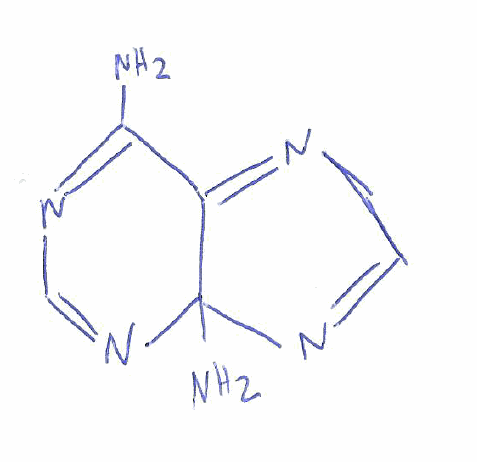
Simplified molecular-input line-entry system (SMILES) notation of the given molecule:
C1=NC2(C(=N1)C(=NC=N2)N)N